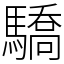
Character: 驕